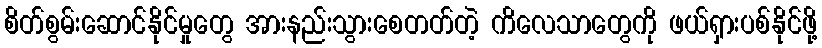
စိတ်စွမ်းဆောင်နိုင်မှုတွေ အားနည်းသွားစေတတ်တဲ့ ကိလေသာတွေကို ဖယ်ရှားပစ်နိုင်ဖို့